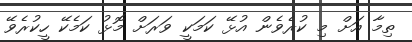
ތިމާ އަށް މި ކުރެވެން އުޅޭ ކަމަކީ ވަރަށް މޮޅު ކަމެކޭ ހީކުރެވޭ